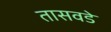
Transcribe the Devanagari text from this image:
तासवडे